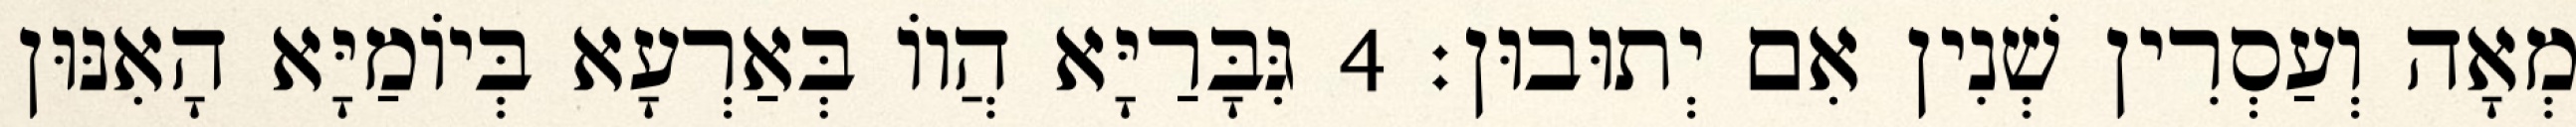
מְאָה וְעַסְרִין שְׁנִין אִם יְתוּבוּן׃ 4 גִּבָּרַיָּא הֲווֹ בְּאַרְעָא בְּיוֹמַיָּא הָאִנּוּן